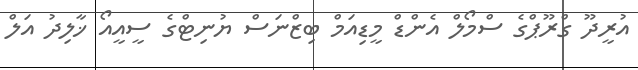
އުރީދޫ ގްރޫޕްގެ ސްމޯލް އެންޑް މީޑިއަމް ބިޒްނަސް ޔުނިޓްގެ ސީއީއޯ ޚާލިދު އަލް